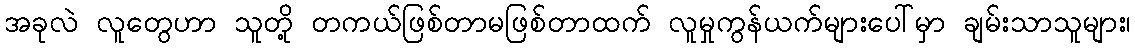
အခုလဲ လူတွေဟာ သူတို့ တကယ်ဖြစ်တာမဖြစ်တာထက် လူမှုကွန်ယက်များပေါ်မှာ ချမ်းသာသူများ၊